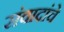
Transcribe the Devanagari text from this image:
संवादांचे